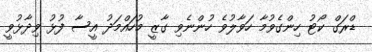
ޑްރަގް ކޯޓު ހިންގެވުމާ ހަވާލުވެ ހުންނެވި ގާޒީ މުހައްމަދު އީސާ ފުޅު ވިދާޅުވީ